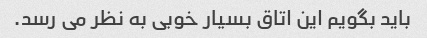
باید بگویم این اتاق بسیار خوبی به نظر می رسد.